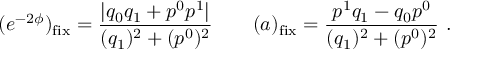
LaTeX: ( e ^ { - 2 \phi } ) _ { \mathrm { f i x } } = { \frac { | q _ { 0 } q _ { 1 } + p ^ { 0 } p ^ { 1 } | } { ( q _ { 1 } ) ^ { 2 } + ( p ^ { 0 } ) ^ { 2 } } } \qquad ( a ) _ { \mathrm { f i x } } = { \frac { p ^ { 1 } q _ { 1 } - q _ { 0 } p ^ { 0 } } { ( q _ { 1 } ) ^ { 2 } + ( p ^ { 0 } ) ^ { 2 } } } \ .